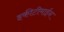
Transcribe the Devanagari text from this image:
इकीटीमाईन